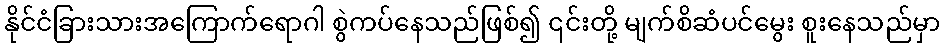
နိုင်ငံခြားသားအကြောက်ရောဂါ စွဲကပ်နေသည်ဖြစ်၍ ၎င်းတို့ မျက်စိဆံပင်မွေး စူးနေသည်မှာ